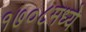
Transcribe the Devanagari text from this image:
१७०८मध्ये